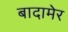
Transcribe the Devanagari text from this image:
बादामेर